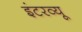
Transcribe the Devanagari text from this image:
इंटरव्‍यू